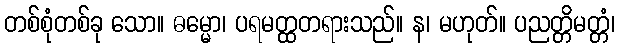
တစ်စုံတစ်ခု သော။ ဓမ္မော၊ ပရမတ္ထတရားသည်။ န၊ မဟုတ်။ ပညတ္တိမတ္တံ၊